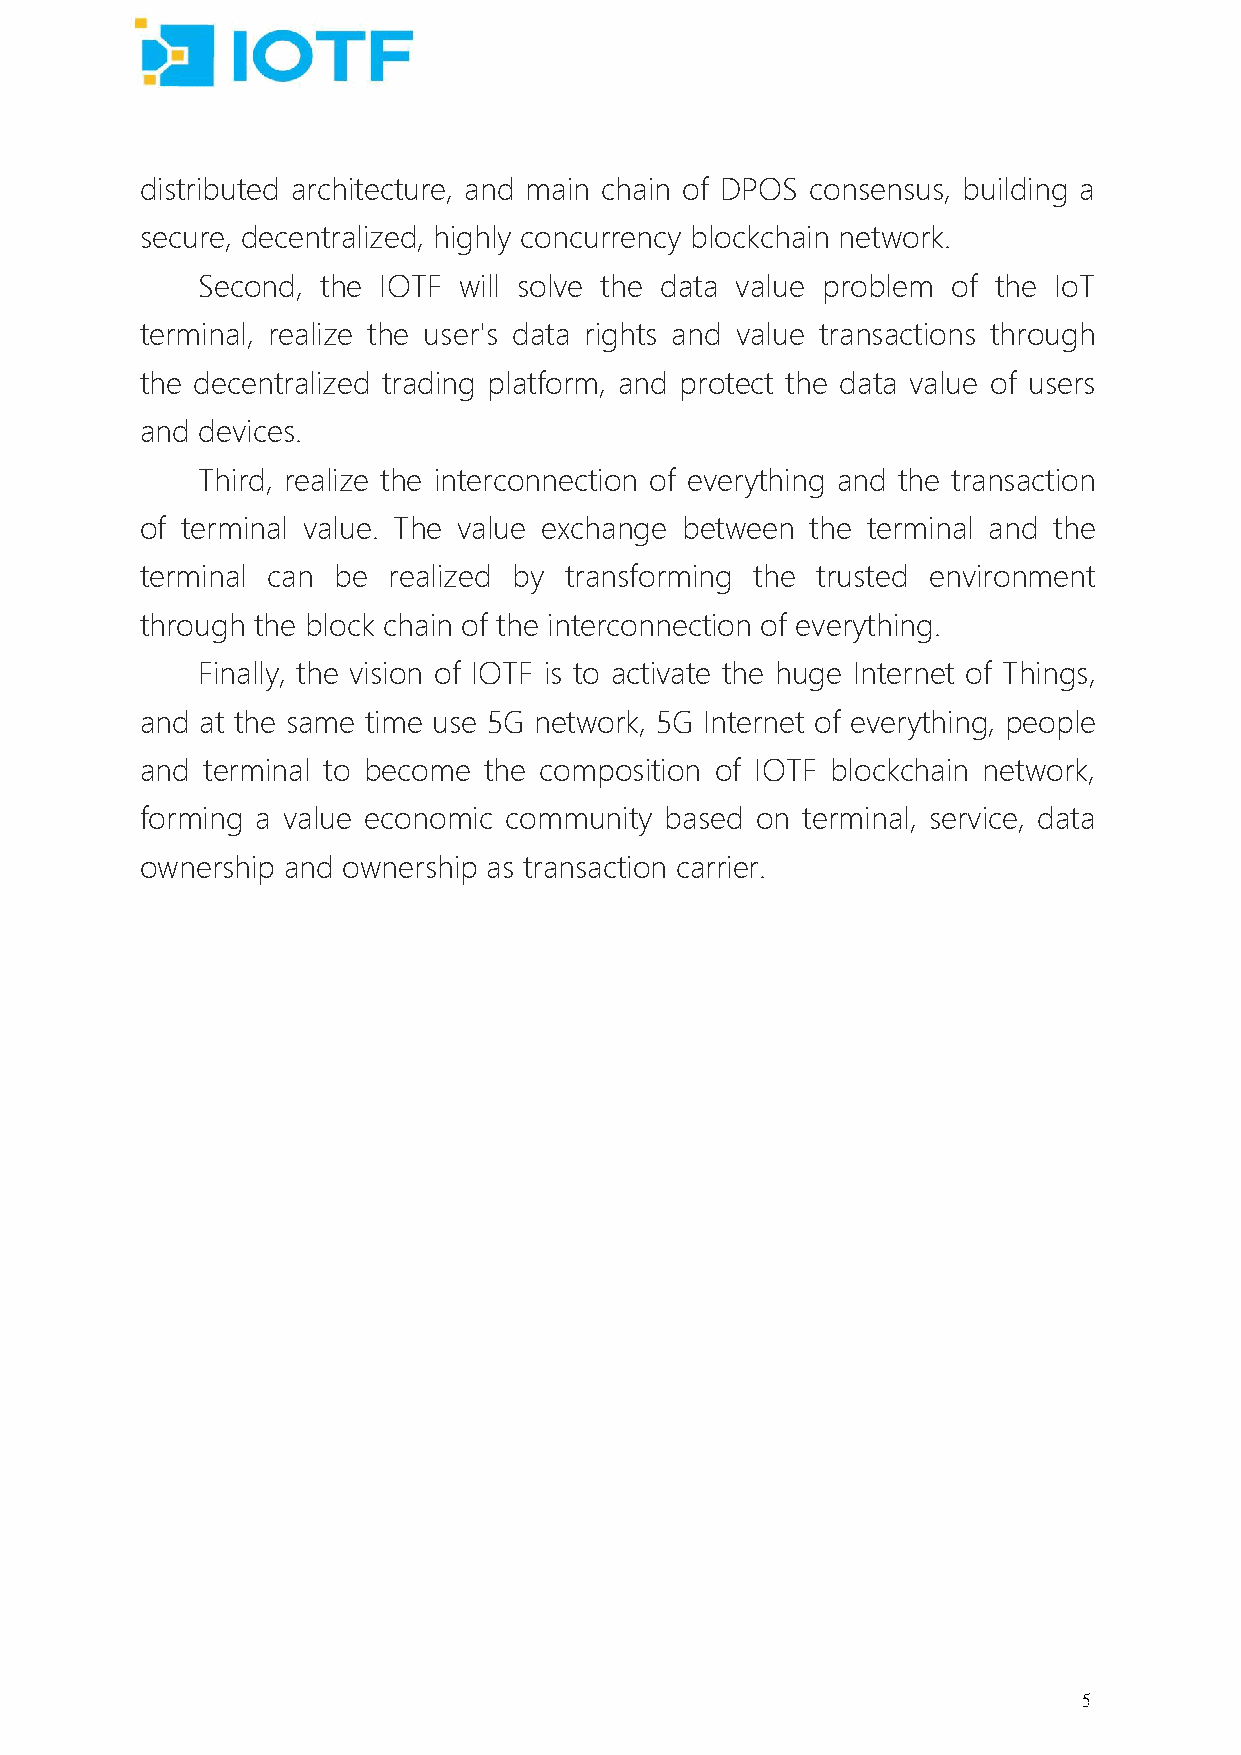
distributed architecture, and main chain of DPOS consensus, building a
 secure, decentralized, highly concurrency blockchain network.
 Second, the IOTF will solve the data value problem of the IoT
 terminal, realize the user's data rights and value transactions through
 the decentralized trading platform, and protect the data value of users
 and devices.
 Third, realize the interconnection of everything and the transaction
 of terminal value. The value exchange between the terminal and the
 terminal can be  realized by transforming the trusted environment
 through the block chain of the interconnection of everything.
 Finally, the vision of IOTF is to activate the huge Internet of Things,
 and at the same time use 5G network, 5G Internet of everything, people
 and terminal to become the composition of IOTF blockchain network,
 forming a value economic community based on terminal, service, data
 ownership and ownership as transaction carrier.
 5